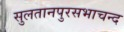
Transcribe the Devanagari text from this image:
सुलतानपुरसभाचन्द